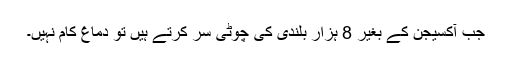
جب آکسیجن کے بغیر 8 ہزار بلندی کی چوٹی سر کرتے ہیں تو دماغ کام نہیں۔